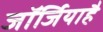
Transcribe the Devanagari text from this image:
जॉर्जियाहै